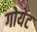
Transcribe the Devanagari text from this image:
गोयेट